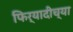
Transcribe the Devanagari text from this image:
फिर्यादीच्या